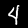
Digit: 4